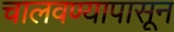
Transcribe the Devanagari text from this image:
चालवण्यापासून